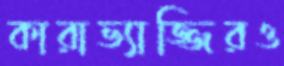
কারাভ্যাজ্জিরও